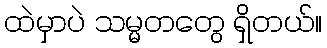
ထဲမှာပဲ သမ္မတတွေ ရှိတယ်။